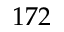
1 7 2